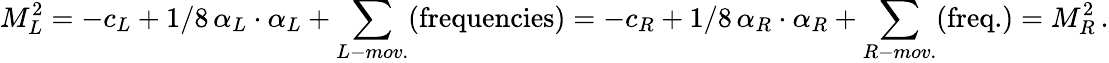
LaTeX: M_{L}^{2}=-c_{L}+1/8\, \alpha_{L}\cdot\alpha_{L}+\sum_{L-mov.}(\mathrm{frequencies})=-c_{R}+1/8\, \alpha_{R}\cdot\alpha_{R}+\sum_{R-mov.}(\mathrm{freq.})=M_{R}^{2}\, .